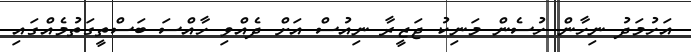
އަހުމަދު ނިހާން ހުސެން މަނިކު ޖަޒީރާ ނިއުސް އަށް ދެއްވި ހާއްސަ ބަސްތީގަތުމެއްގައި